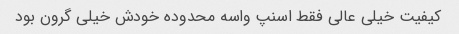
کیفیت خیلی عالی فقط اسنپ واسه محدوده خودش خیلی گرون بود